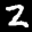
Label: 2